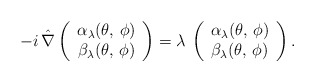
\begin{align*} -i\,\hat{\nabla} \left(\begin{array}{c} \alpha_\lambda (\theta,\, \phi) \\ \beta_\lambda (\theta,\, \phi) \end{array}\right) = \lambda\, \left(\begin{array}{c} \alpha_\lambda (\theta,\, \phi) \\ \beta_\lambda (\theta,\, \phi) \end{array}\right).\end{align*}